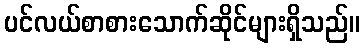
ပင်လယ်စာစားသောက်ဆိုင်များရှိသည်။